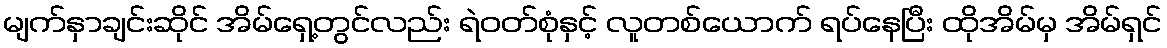
မျက်နှာချင်းဆိုင် အိမ်ရှေ့တွင်လည်း ရဲဝတ်စုံနှင့် လူတစ်ယောက် ရပ်နေပြီး ထိုအိမ်မှ အိမ်ရှင်